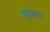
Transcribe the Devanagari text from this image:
फुलान